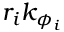
r _ { i } k _ { \phi _ { i } }